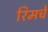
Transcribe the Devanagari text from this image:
रिमचे